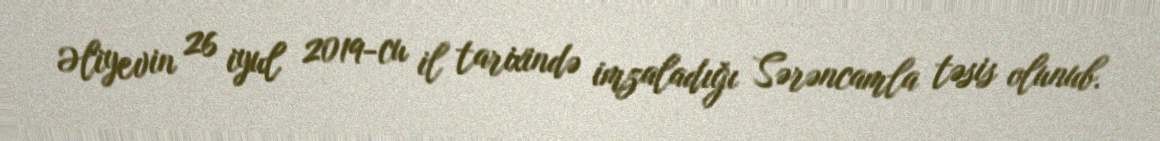
Əliyevin 26 iyul 2019-cu il tarixində imzaladığı Sərəncamla təsis olunub.